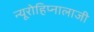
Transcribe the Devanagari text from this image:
न्यूरोहिप्नालाजी